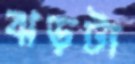
ঝড়টা